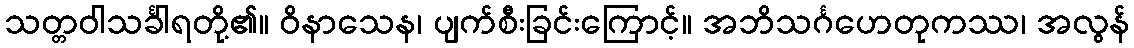
သတ္တဝါသင်္ခါရတို့၏။ ဝိနာသေန၊ ပျက်စီးခြင်းကြောင့်။ အဘိသင်္ဂဟေတုကဿ၊ အလွန်